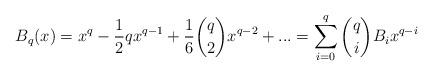
LaTeX: \begin{align*}B_{q}(x)=x^{q}-\frac{1}{2}qx^{q-1}+\dfrac{1}{6}\binom {q} {2}x^{q-2}+...=\sum\limits_{i=0}^q\binom {q} {i}B_{i}x^{q-i}\end{align*}